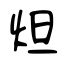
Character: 炟